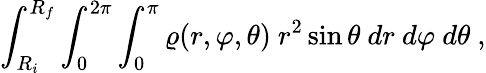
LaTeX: \int_{R_{i}}^{R_{f}}\int_{0}^{2\pi}\int_{0}^{\pi}\varrho(r,\varphi,\theta)\ r^{2}\sin\theta\ dr\ d\varphi\ d\theta\ ,